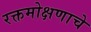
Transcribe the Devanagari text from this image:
रक्तमोक्षणाचे